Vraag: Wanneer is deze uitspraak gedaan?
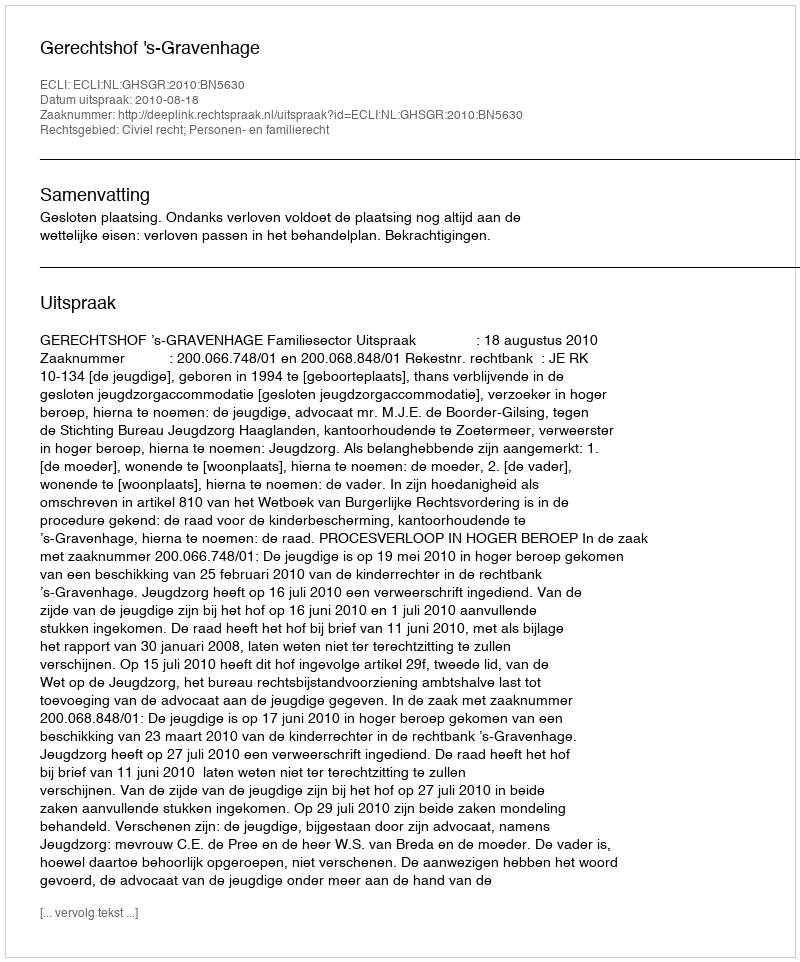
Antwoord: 2010-08-18